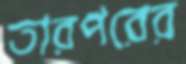
তারপরের